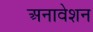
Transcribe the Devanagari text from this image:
अनावेशन